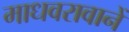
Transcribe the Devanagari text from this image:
माधवरावानें